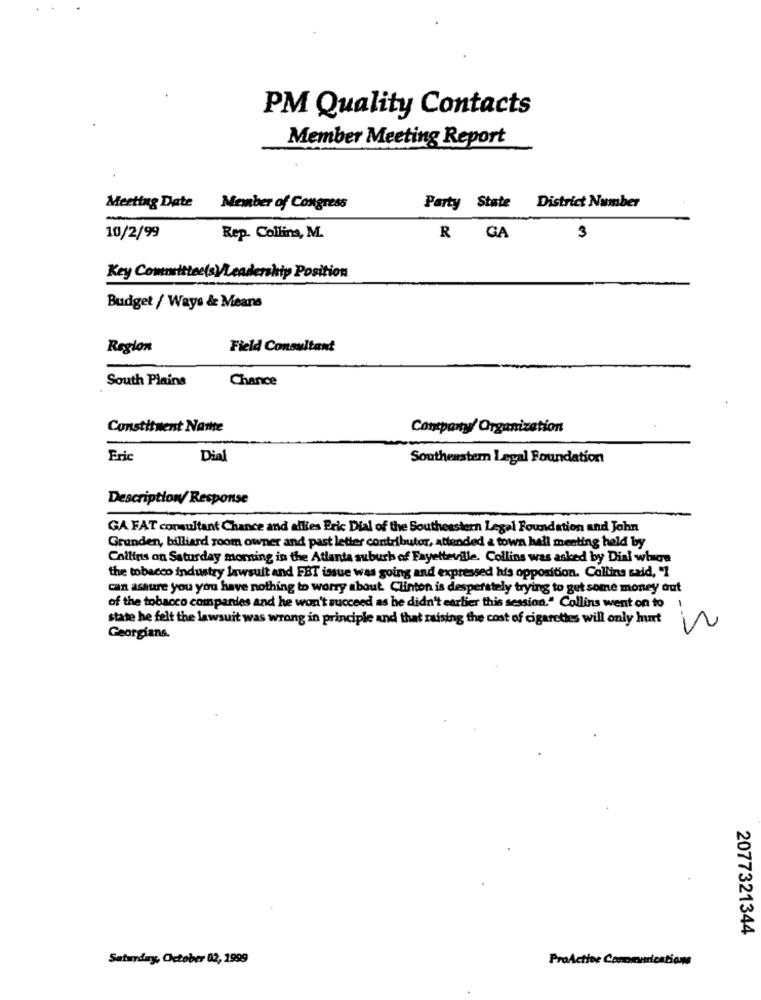
PM Quality Contacts
Member Meeting Report
Meeting Date Member of Congress
Party State District Number
10/2/99
Rep. Collins, M.
R GA
Key Committee(s)/L
Position
Budget / Ways & Means
Region
Field Consultant
South Plains
Chance
Constituent Name
Contpanty/ Organization
Eric
Dial
Southeastern Legal Foundation
Description/ Response
GA FAT consultant Chance and allies Eric Dial of the Southeastern Legel Foundation and John
Grunden, billiard room owner and past letter contributor, attended a town hall meeting held by
Collins on Saturday morning in the Atlanta suburb of Fayetteville. Collins was asked by Dial wiege
the tobacco industry lawsuit and FBT issue was going and expressed his opposition. Collins said, "1
can assure you you have nothing to worry about Clinton is desperately trying to get some money out
of the tobacco companies and he won't succeed as he didn't earlier this session." Collins went on to
state he felt the lawsuit was wrong in principle and that raising the cost of cigarettes will only hart
Georgians.
2077321344
Saturday, October 02, 1999
ProActive Comomunication